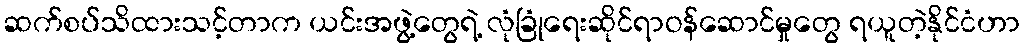
ဆက်စပ်သိထားသင့်တာက ယင်းအဖွဲ့တွေရဲ့ လုံခြုံရေးဆိုင်ရာဝန်ဆောင်မှုတွေ ရယူတဲ့နိုင်ငံဟာ